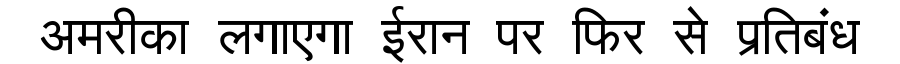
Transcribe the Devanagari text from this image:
अमरीका लगाएगा ईरान पर फिर से प्रतिबंध